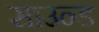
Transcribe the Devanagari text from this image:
साउन्‍ड